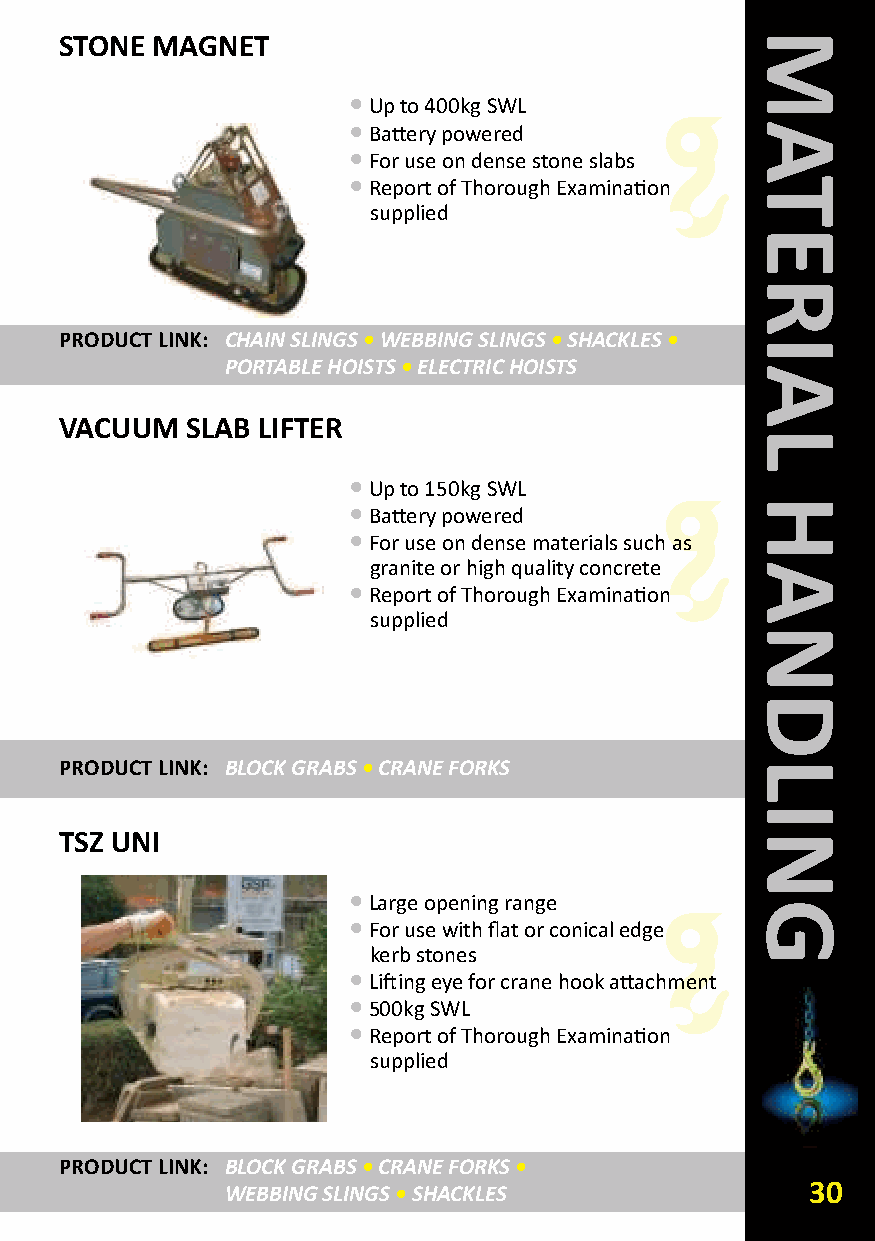
STONE MAGNET
 •Up to 400kg SWL
 •Battery powered
 •For use on dense stone slabs
 •Report of Thorough Examination
 supplied
 PRODUCT LINk: CHAIN SLINGS•WEBBING SLINGS•SHACKLES •
 PORTABLE HOISTS •ELECTRIC HOISTS
 VACUUM  SLAB LIFTER
 •Up to 150kg SWL
 •Battery powered
 •For use on dense materials such as
 granite or high quality concrete
 •Report of Thorough Examination
 supplied
 PRODUCT LINk: BLOCK GRABS•CRANE FORKS
 TSZ UNI
 •Large opening range
 •For use with flat or conical edge
 kerb stones
 •Lifting eye for crane hook attachment
 •500kg SWL
 •Report of Thorough Examination
 supplied
 PRODUCT LINk: BLOCK GRABS•CRANE FORKS•
 WEBBING SLINGS •SHACKLES              30
 MATERIAL
 HANDLING